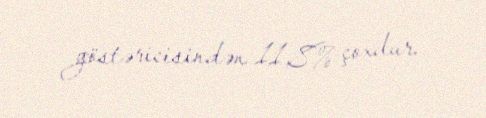
göstəricisindən 11,8% çoxdur.